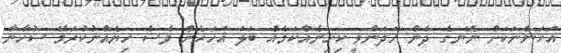
އަހަންނަކަށް ނޭނގެ ދެން ހަދަންވީ ކިހިނެއްކަމެއް ބަލަ އަހަރެން ވެސް ހިޔެއްނުކުރަމޭ ސުހާނާ